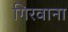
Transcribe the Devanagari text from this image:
गिरवाना